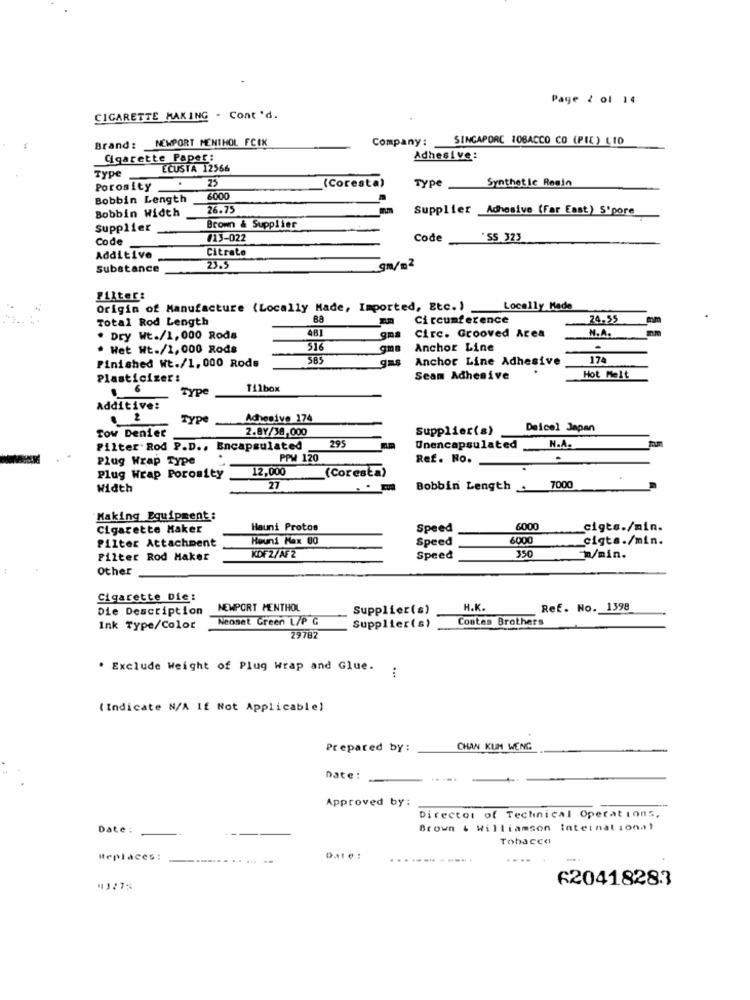
Page 2 01 14
CIGARETTE MAKING - Cont 'd.
Brand: NEWPORT MENTHOL FCIK
Company: SINGAPORE 10BACCO CO (PIC) LTD
Cigarette Paper:
Adhesive:
Type
ECUSTA 12566
25
(Coresta)
Synthetic Resin
Porosity
Type
Bobbin Length
3000
Bobbin Width
26.75
Supplier Adhesive (Far East) S'pore
Supplier
Brown & Supplier
Code
013-022
Code
"SS 323
Citrate
Additive
Substance
gm/m2
Filter:
Origin of Manufacture (Locally Made, Imported, Etc.)
Locally Made
Total Rod Length
Circumference
24.55
gna
N.A.
. Dry Wt./1, 000 Roda
Circ. Grooved Area
· Het Ht./1,000 Rods
516
Anchor Line
-
Finished Wt./1,000 Rods
585
Anchor Line Adhesive
174
Plasticizer:
Seam Adhesive
Hot Melt
1 6
Type
Tilbox
Additive:
. 2
Type
Adhesive 174
Tow Denier
2.BY/38,000
Supplier(s)
Deicel Japan
N.A.
Filter Rod P.D ., Encapsulated
295
Unencapsulated
Plug Wrap Type
PPM 120
Ref. No.
.
12,000
(Coresta)
Plug Wrap Porosity
Width
27
Bobbin Length
7000
Making Equipment:
Cigarette Maker
Hauni Protos
Speed
6000
cigts./min.
filter Attachment
Høuni Max 80
Speed
6000
cigts./min.
Filter Rod Maker
KDF 2/AF2
Speed
350
m/min.
Other
Cigarette Die:
Die Description
NEWPORT MENTHOL
Supplier(s)
H.K.
Ref. No. 1398
Neonet Green L/P G
Contes Brothers
Ink Type/Color
Supplier(s)
29782
. Exclude Weight of Plug Wrap and Glue.
:
(Indicate N/A If Not Applicable)
Prepared by:
CHAN KUH WENG
Date:
Approved by:
Director of Technical Operations.
Date :
Brown & Williamson tatetnational
Tobacco
Iteplaces :
Date :
--- ---- .
620418283